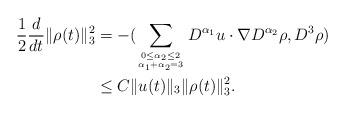
LaTeX: \begin{align*}\frac{1}{2}\frac{d}{dt}\|\rho(t)\|_3^2&=-(\sum_{0\leq\alpha_2\leq 2 \atop \alpha_1+\alpha_2=3 }D^{\alpha_1}u\cdot\nabla D^{\alpha_2}\rho,D^{3}\rho)\\&\leq C\| u(t)\|_{3}\|\rho(t)\|_3^2.\end{align*}